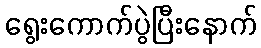
ရွေးကောက်ပွဲပြီးနောက်